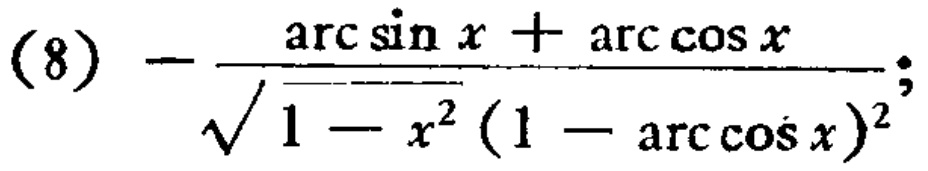
\((8)-\frac{\arcsin x+\arccos x}{\sqrt{1 - x^{2}}(1 - \arccos x)^{2}};\)